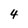
Character: 4